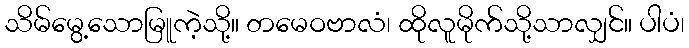
သိမ်မွေ့သောမြူကဲ့သို့။ တမေဝဗာလံ၊ ထိုလူမိုက်သို့သာလျှင်။ ပါပံ၊